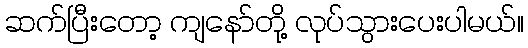
ဆက်ပြီးတော့ ကျနော်တို့ လုပ်သွားပေးပါမယ်။